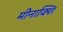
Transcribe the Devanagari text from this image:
मीनाक्शि